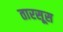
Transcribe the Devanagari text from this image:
तारसूस